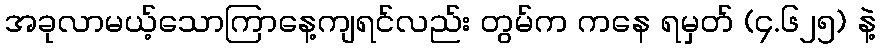
အခုလာမယ့်သောကြာနေ့ကျရင်လည်း တွမ်က ကနေ ရမှတ် (၄.၆၂၅) နဲ့